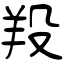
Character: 羖